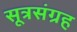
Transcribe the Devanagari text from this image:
सूत्रसंग्रह